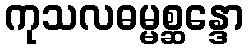
ကုသလဓမ္မစ္ဆန္ဒော